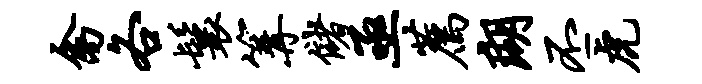
禽各鬟篝储亟荐瑚丕虎